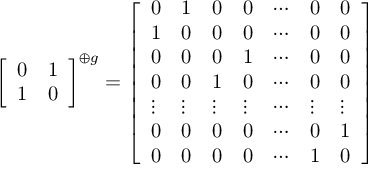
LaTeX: { \left[ \begin{array} { l l } { 0 } & { 1 } \\ { 1 } & { 0 } \end{array} \right] } ^ { \oplus g } = { \left[ \begin{array} { l l l l l l l } { 0 } & { 1 } & { 0 } & { 0 } & { \cdots } & { 0 } & { 0 } \\ { 1 } & { 0 } & { 0 } & { 0 } & { \cdots } & { 0 } & { 0 } \\ { 0 } & { 0 } & { 0 } & { 1 } & { \cdots } & { 0 } & { 0 } \\ { 0 } & { 0 } & { 1 } & { 0 } & { \cdots } & { 0 } & { 0 } \\ { \vdots } & { \vdots } & { \vdots } & { \vdots } & { \cdots } & { \vdots } & { \vdots } \\ { 0 } & { 0 } & { 0 } & { 0 } & { \cdots } & { 0 } & { 1 } \\ { 0 } & { 0 } & { 0 } & { 0 } & { \cdots } & { 1 } & { 0 } \end{array} \right] }